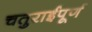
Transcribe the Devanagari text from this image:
चतुराईपूर्ण